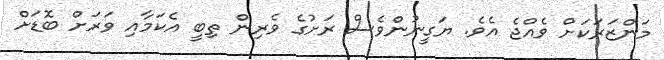
މަންޒަރަކަށް ވެއްޖެ އެވެ. ޔަގީނުންވެސް ރަށުގެ ވެރިން ތިބީ އެކަމާއި ވަރަށް ބޮޑަށް